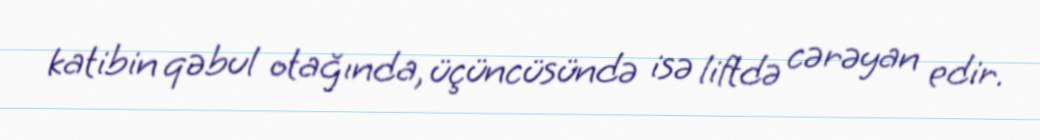
katibin qəbul otağında, üçüncüsündə isə liftdə cərəyan edir.